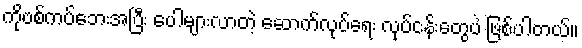
ကိုဗစ်ကပ်ဘေးအပြီး ပေါများလာတဲ့ ဆောက်လုပ်ရေး လုပ်ငန်းတွေပဲ ဖြစ်ပါတယ်။